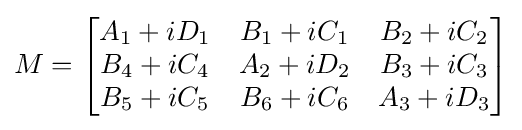
M={\begin{bmatrix}A_{1}+iD_{1}&B_{1}+iC_{1}&B_{2}+iC_{2}\\B_{4}+iC_{4}&A_{2}+iD_{2}&B_{3}+iC_{3}\\B_{5}+iC_{5}&B_{6}+iC_{6}&A_{3}+iD_{3}\end{bmatrix}}